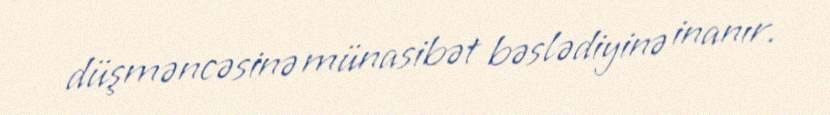
düşməncəsinə münasibət bəslədiyinə inanır.